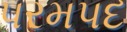
પરમપદ